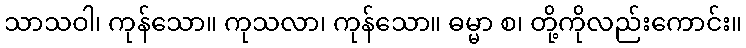
သာသဝါ၊ ကုန်သော။ ကုသလာ၊ ကုန်သော။ ဓမ္မာ စ၊ တို့ကိုလည်းကောင်း။